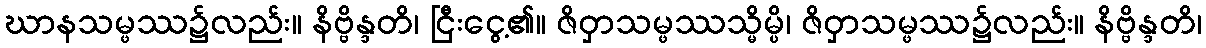
ဃာနသမ္ဖဿ၌လည်း။ နိဗ္ဗိန္ဒတိ၊ ငြီးငွေ့၏။ ဇိဝှာသမ္ဖဿသ္မိမ္ပိ၊ ဇိဝှာသမ္ဖဿ၌လည်း။ နိဗ္ဗိန္ဒတိ၊